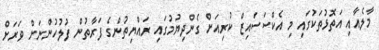
މާލެއާއި އަތޮޅުތަކުގައި މި އެކްސަސައިޒް ކުރިއަށް ގެންދިޔުމުގައި ރައްޔިތުންގެ ފަރާތުން ފުލުހުންނަށް ވަރަށް